Vaccination Hyderabad 1890-1903 - 1890-1903
Year: 1890
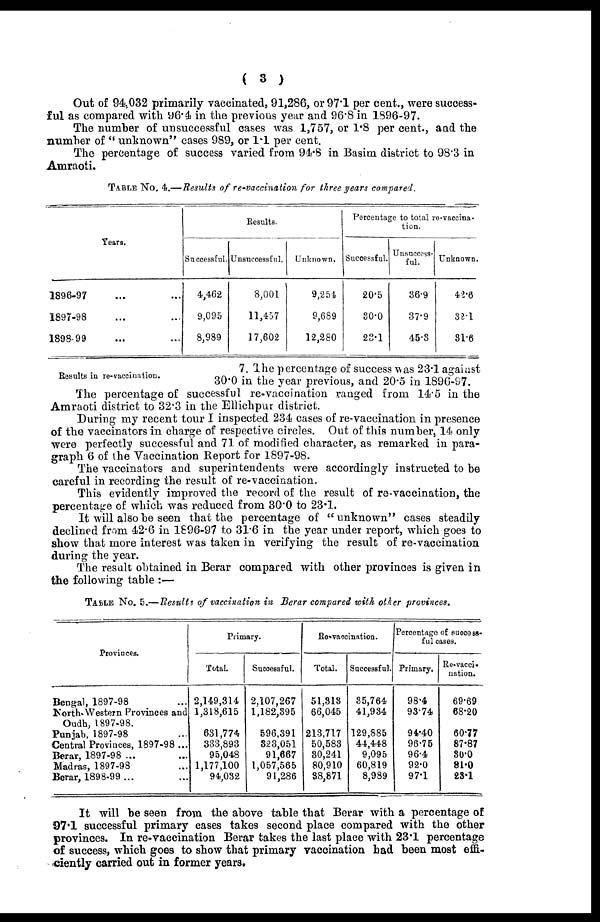
( 3 )
Out of 94,032 primarily vaccinated, 91,286, or 97.1 per cent., were success-
ful as compared with 96.4 in the previous year and 96.8 in 1896-97.
The number of unsuccessful cases was 1,757, or 1.8 per cent., and the
number of "unknown" cases 989, or 1.1 per cent.
The percentage of success varied from 94.8 in Basim district to 98.3 in
Amraoti.
TABLE No. 4.—Results of re-vaccination for three years compared.
Years.
1896-97
...
...
1897-98 ... ...
1898-99
...
...
Results.
Successful.
4,462
9,095
8,989
Unsuccessful.
8,001
11,457
17,602
Unknown.
9,254
9,689
12,280
Percentage to total re-vaccina-
tion.
Successful.
20.5
30.0
23.1
Unsuccess-
ful.
36.9
37.9
45.3
Unknown.
42.6
38.1
31.6
Results in re-vaccination.
7. The percentage of success was 23.1 against
30.0 in the year previous, and 20.5 in 1896-97.
The percentage of successful re-vaccination ranged from 14.5 in the
Amraoti district to 32.3 in the Ellichpur district.
During my recent tour I inspected 234 cases of re-vaccination in presence
of the vaccinators in charge of respective circles. Out of this number, 14 only
were perfectly successful and 71 of modified character, as remarked in para-
graph 6 of the Vaccination Report for 1897-98.
The vaccinators and superintendents were accordingly instructed to be
careful in recording the result of re-vaccination.
This evidently improved the record of the result of re-vaccination, the
percentage of which was reduced from 30.0 to 23.1.
It will also be seen that the percentage of "unknown" cases steadily
declined from 42.6 in 1896-97 to 31.6 in the year under report, which goes to
show that more interest was taken in verifying the result of re-vaccination
during the year.
The result obtained in Berar compared with other provinces is given in
the following table :—
TABLE No. 5.—Results of vaccination in Berar compared with other provinces.
Provinces.
Bengal, 1897-98 ...
North- Western Provinces and
Oudh, 1897-98.
Punjab, 1897-98 ...
Central Provinces, 1897-98 ...
Berar, 1897-98 ... ...
Madras, 1897.98 ...
Berar, 1898-99 ...
Primary.
Total.
2,149,314
1,318,615
631,774
333,893
95,048
1,177,100
94,032
Successful.
2,107,267
1,182,395
596,391
323,051
91,667
1,057,565
91,286
Re-vaccination.
Total.
51,313
66,045
213,717
50,583
30,241
80,910
38,871
Successful.
35,764
41,934
129,885
44,448
9,095
60,819
8,989
Percentage of success-
ful cases.
Primary.
98.4
93.74
94.40
96.75
96.4
92.0
97.1
Re-vacci¬
nation.
69.69
68.20
60.77
87.87
30.0
81.0
23.1
It will be seen from the above table that Berar with a percentage of
97.1 successful primary cases takes second place compared with the other
provinces. In re-vaccination Berar takes the last place with 23.1 percentage
of success, which goes to show that primary vaccination had been most effi-
ciently carried out in former years.